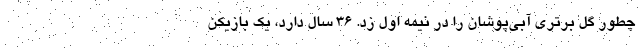
چطور گل برتری آبی‌پوشان را در نیمه اول زد. 36 سال دارد، یک بازیکن